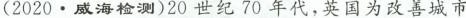
(2020 \cdot 威海检测)20世纪70年代，英国为改善城市